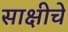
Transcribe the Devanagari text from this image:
साक्षीचे